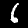
Label: 6